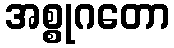
အစ္စုဂတော